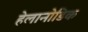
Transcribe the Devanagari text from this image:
हेलानोडिक